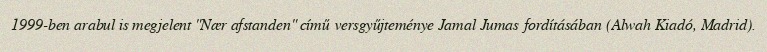
1999-ben arabul is megjelent "Nær afstanden" című versgyűjteménye Jamal Jumas fordításában (Alwah Kiadó, Madrid).